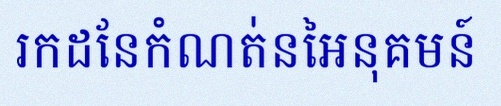
រកដែនកំណត់នៃអនុគមន៍